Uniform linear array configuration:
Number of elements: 24
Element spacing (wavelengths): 1
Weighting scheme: binomial
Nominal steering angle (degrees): -30
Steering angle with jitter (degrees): -31.581
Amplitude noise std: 0.05
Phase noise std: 0.05

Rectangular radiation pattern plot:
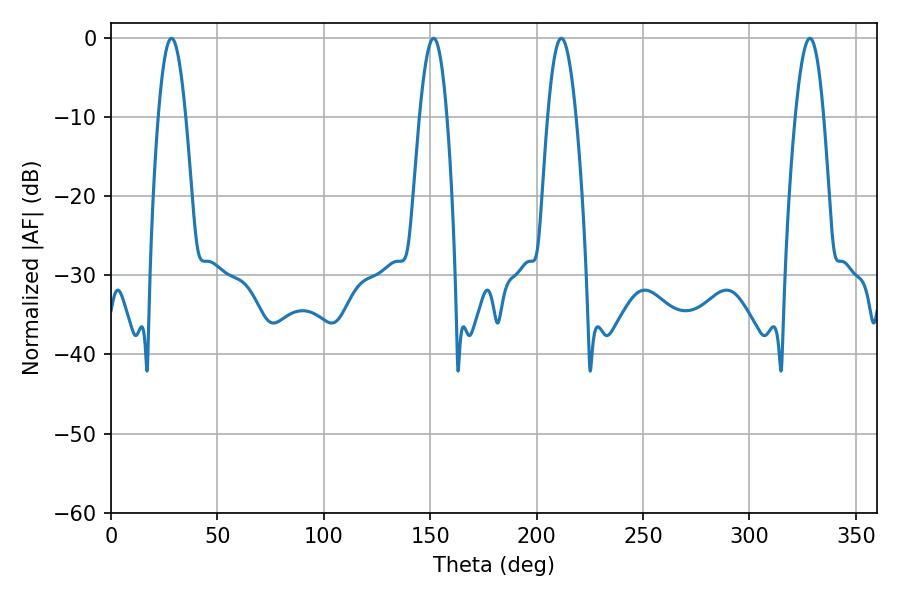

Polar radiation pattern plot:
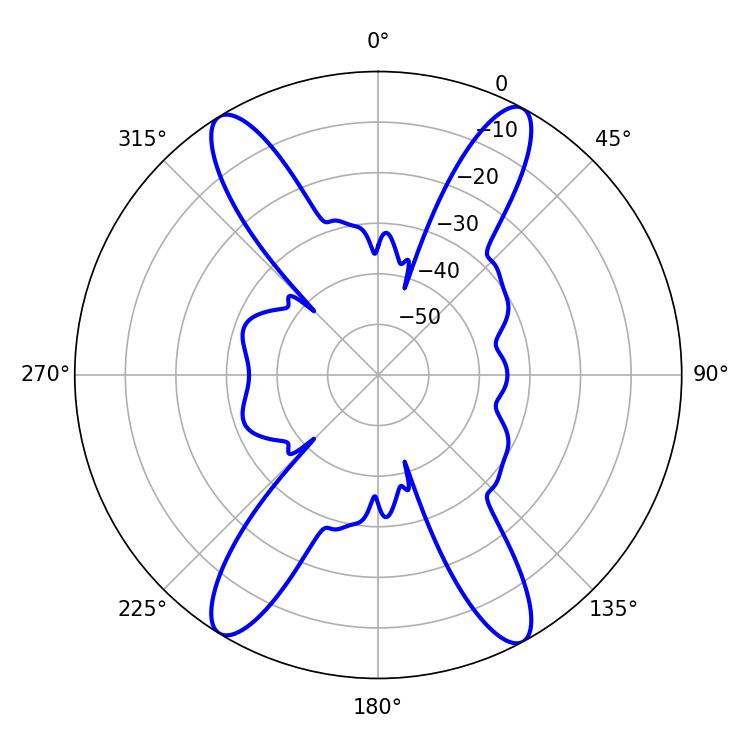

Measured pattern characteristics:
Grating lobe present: TRUE
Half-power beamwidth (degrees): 7.02
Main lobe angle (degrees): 28.44